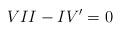
LaTeX: \begin{align*}VII-IV' =0\end{align*}